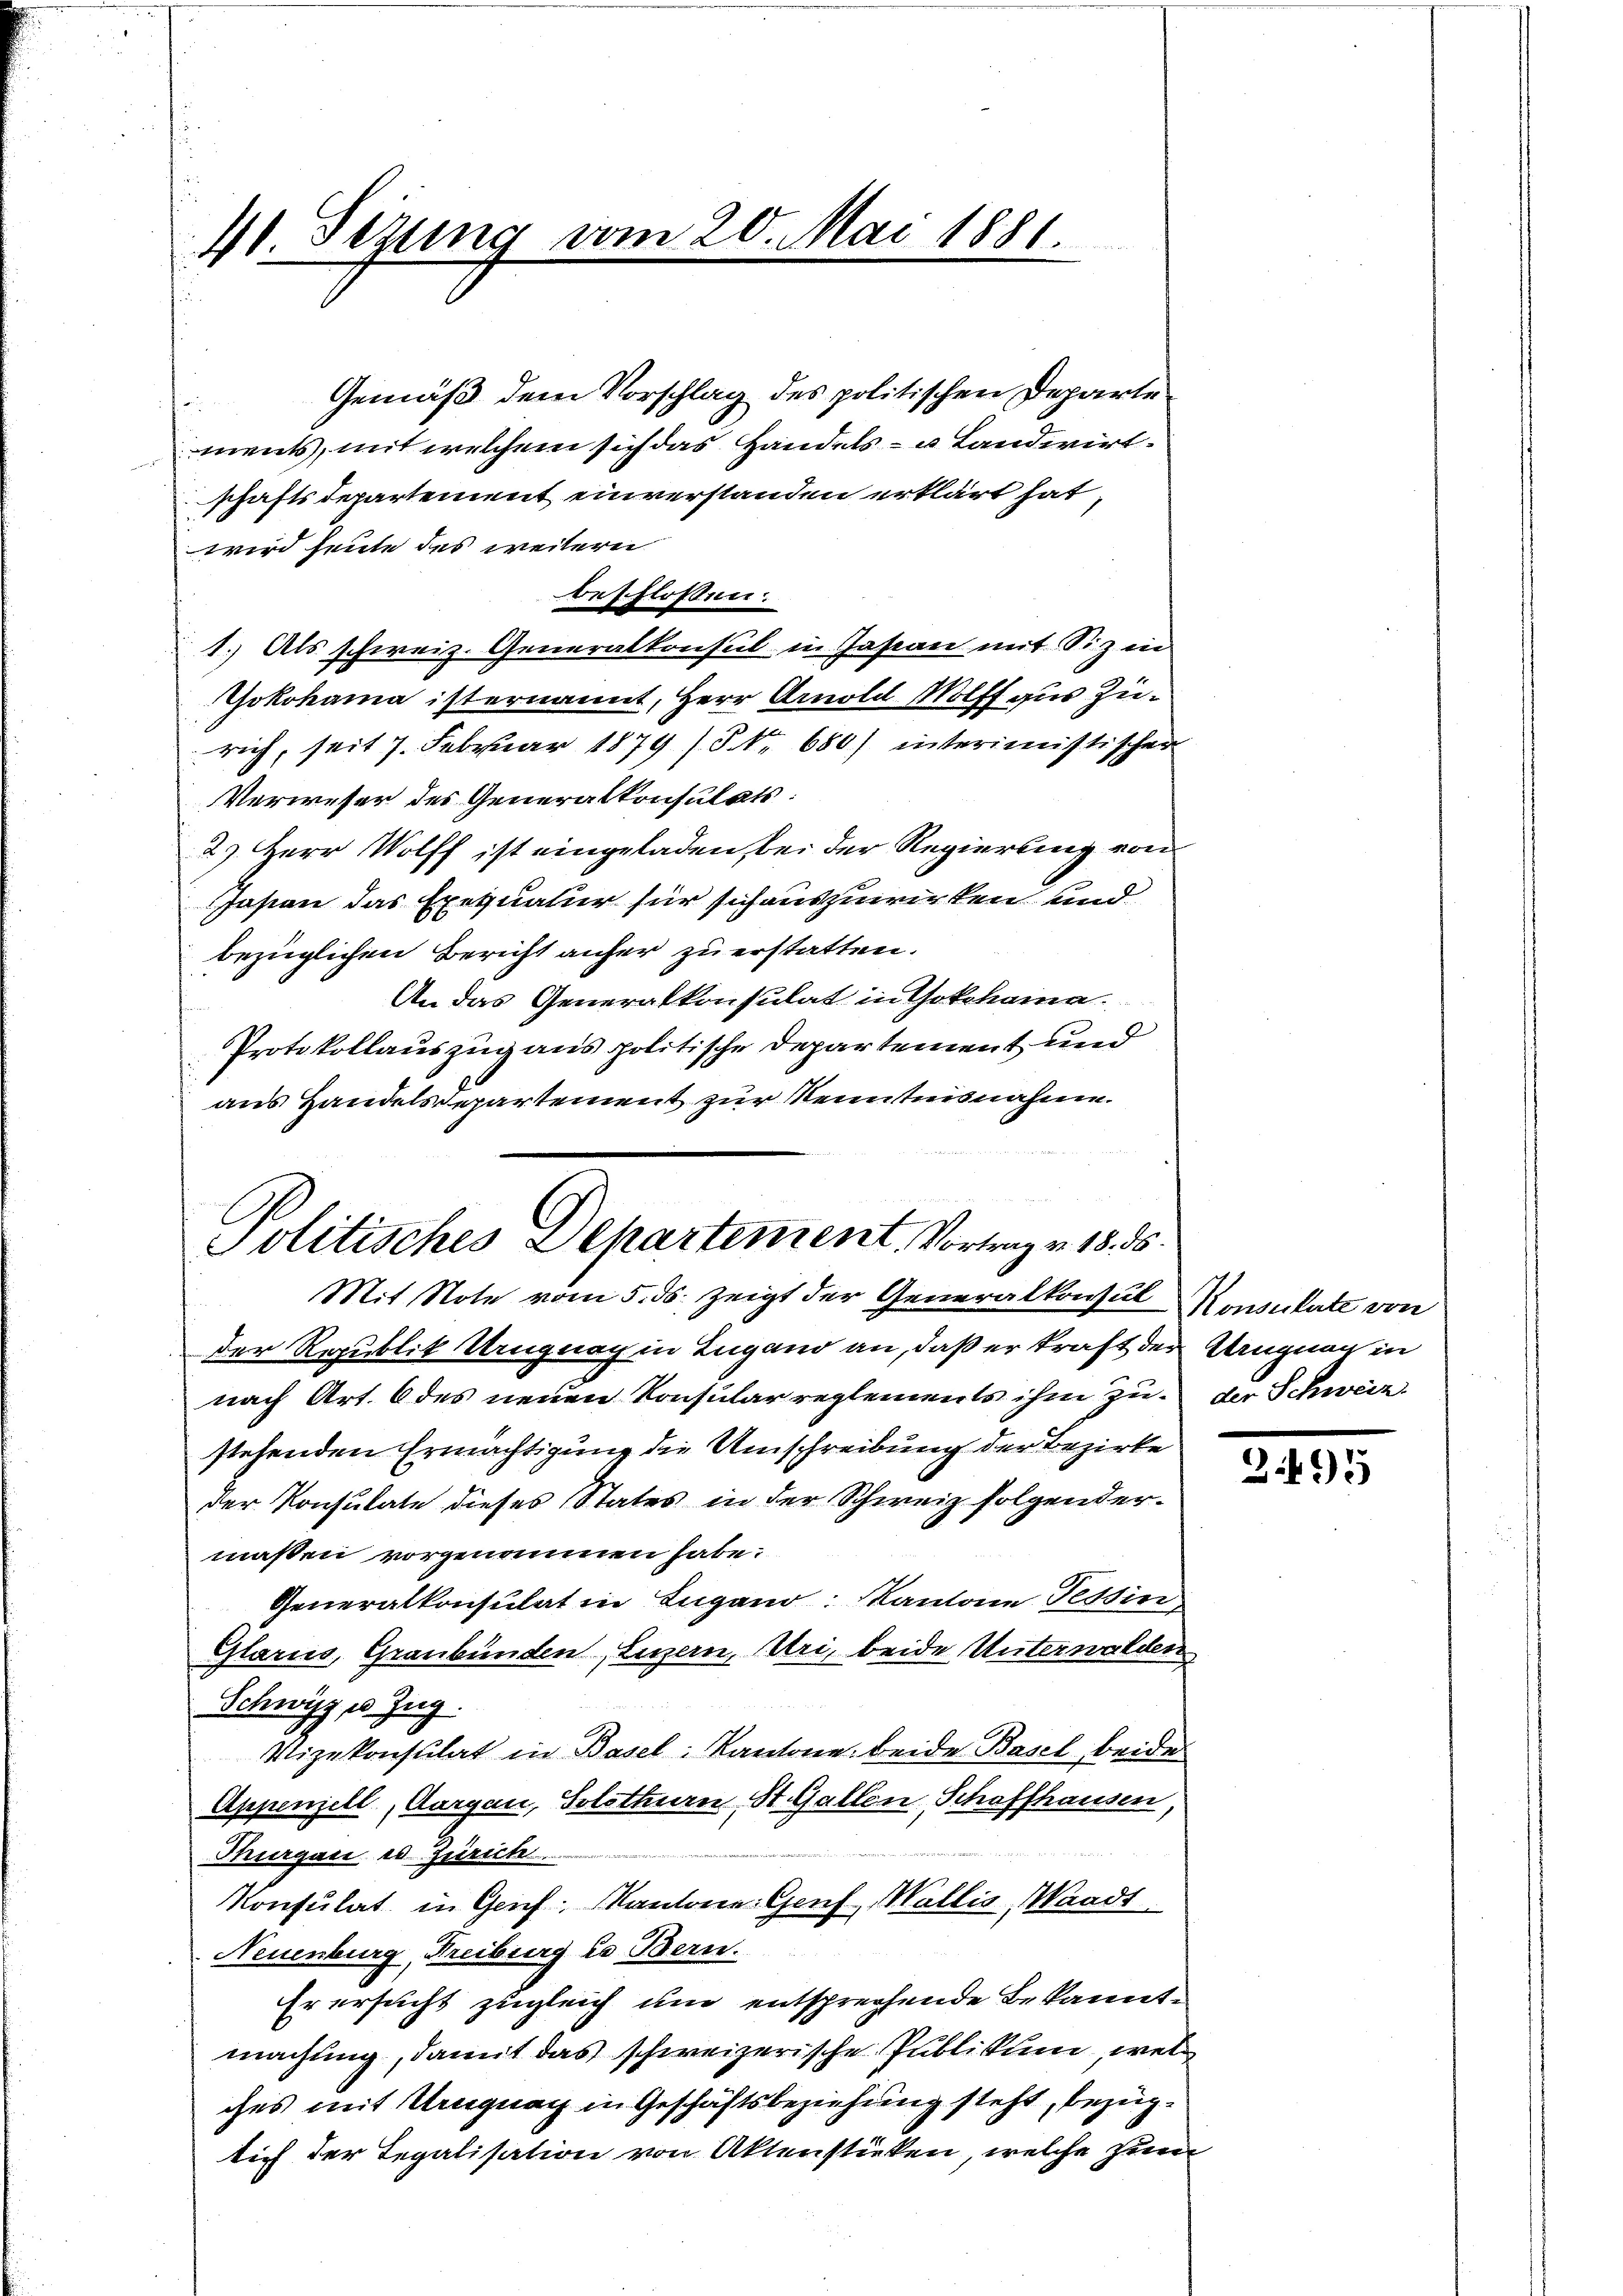
41. Sezung vom 20. Mai 1881.

Gemäß dem Vorschlag des politischen Departe
ments, mit welchem sich das Handels- u. Landwirt-
schaftsdepartement einverstanden erklärt hat,
wird heute des weiterer
beschloßen:
1.) Als schweiz. Generalkonsul in Jasian mit Siz in
Yokohama ist ernannt, Herr Arnold Wolff aus Zürich, seit 7. Februar 1879 (S. 680) interimistischen
Verweser des Generalkonsulats:
2) Herr Wolff ist eingeladen, bei der Regierung von
Jasien das Exequatur für sich auszuwirken und
bezüglichen Bericht anfer zu erstatten.
An das Generalkonsulat in Yokohama
Protokollauszug aus politische Departement und
aus Handelsdepartement zur Renntnisnahme.

Politisches Departement. Vortrag v. 18. ds.

Mit Note vom 5. ds. zeigt der Generalkonsul Konsulate von
der Republik Uruguay in Lugano an, daß er kraft der Ungnau in
nach Art. 6 des neuen Konsularreglements ihm zu der Schweiz
stehenden Ermächtigung die Umschreibung der Bezirke
der Konsulate dieses States in der Schweiz folgendermaßen vorgenommen habe.
Generalkonsulat in Lugano: Kantone Tessin
Glarus, Graubünden, Luzern, Uri, beide Unterwalden
Schwyz p. Zug.
Vizekonsulat in Basel, Kantone beide Basel beide
Appenzell, Aargau, Solothurn, St. Gallen Schaffhausen,
Thurgau es Zürich
Konsulat in Genf Kantone Genf, Wallis, Waadt
Neuenburg, Freiburg i. Bern.
Er ersucht zugleich um entsprechende Bekanntmachung, damit das schweizerische Publikum, welches mit Ungnach in Geschäftsbeziehung steht, bezüglich der Regalisation von Aktenstücken, welche zum

249